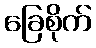
ခြေစိုက်